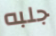
جلبه